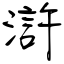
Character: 滸